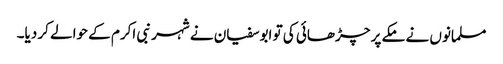
مسلمانوں نے مکے پر چڑھائی کی تو ابوسفیان نے شہر نبی اکرم کے حوالے کر دیا۔